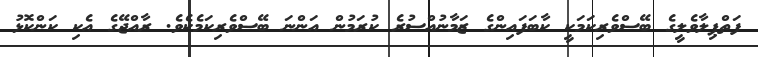
ފަތްޕިލާވެލީގެ ބޭސްވެރިކަމަކީ ކާބަފައިންގެ ޒަމާނުއްސުރެ ކުރަމުން އަންނަ ބޭސްވެރިކަމެކެވެ. ރާއްޖޭގެ އެކި ކަންކޮޅު